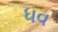
ધવ